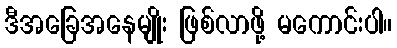
ဒီအခြေအနေမျိုး ဖြစ်လာဖို့ မကောင်းပါ။